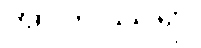
အာဘဿရာ